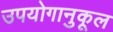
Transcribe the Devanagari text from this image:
उपयोगानुकूल